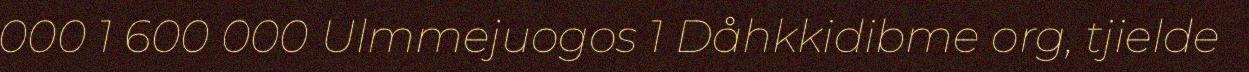
000 1 600 000 Ulmmejuogos 1 Dåhkkidibme org, tjielde